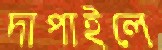
দাপাইলে